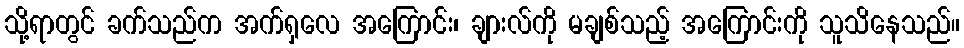
သို့ရာတွင် ခက်သည်က အက်ရှလေ အကြောင်း၊ ချားလ်ကို မချစ်သည့် အကြောင်းကို သူသိနေသည်။